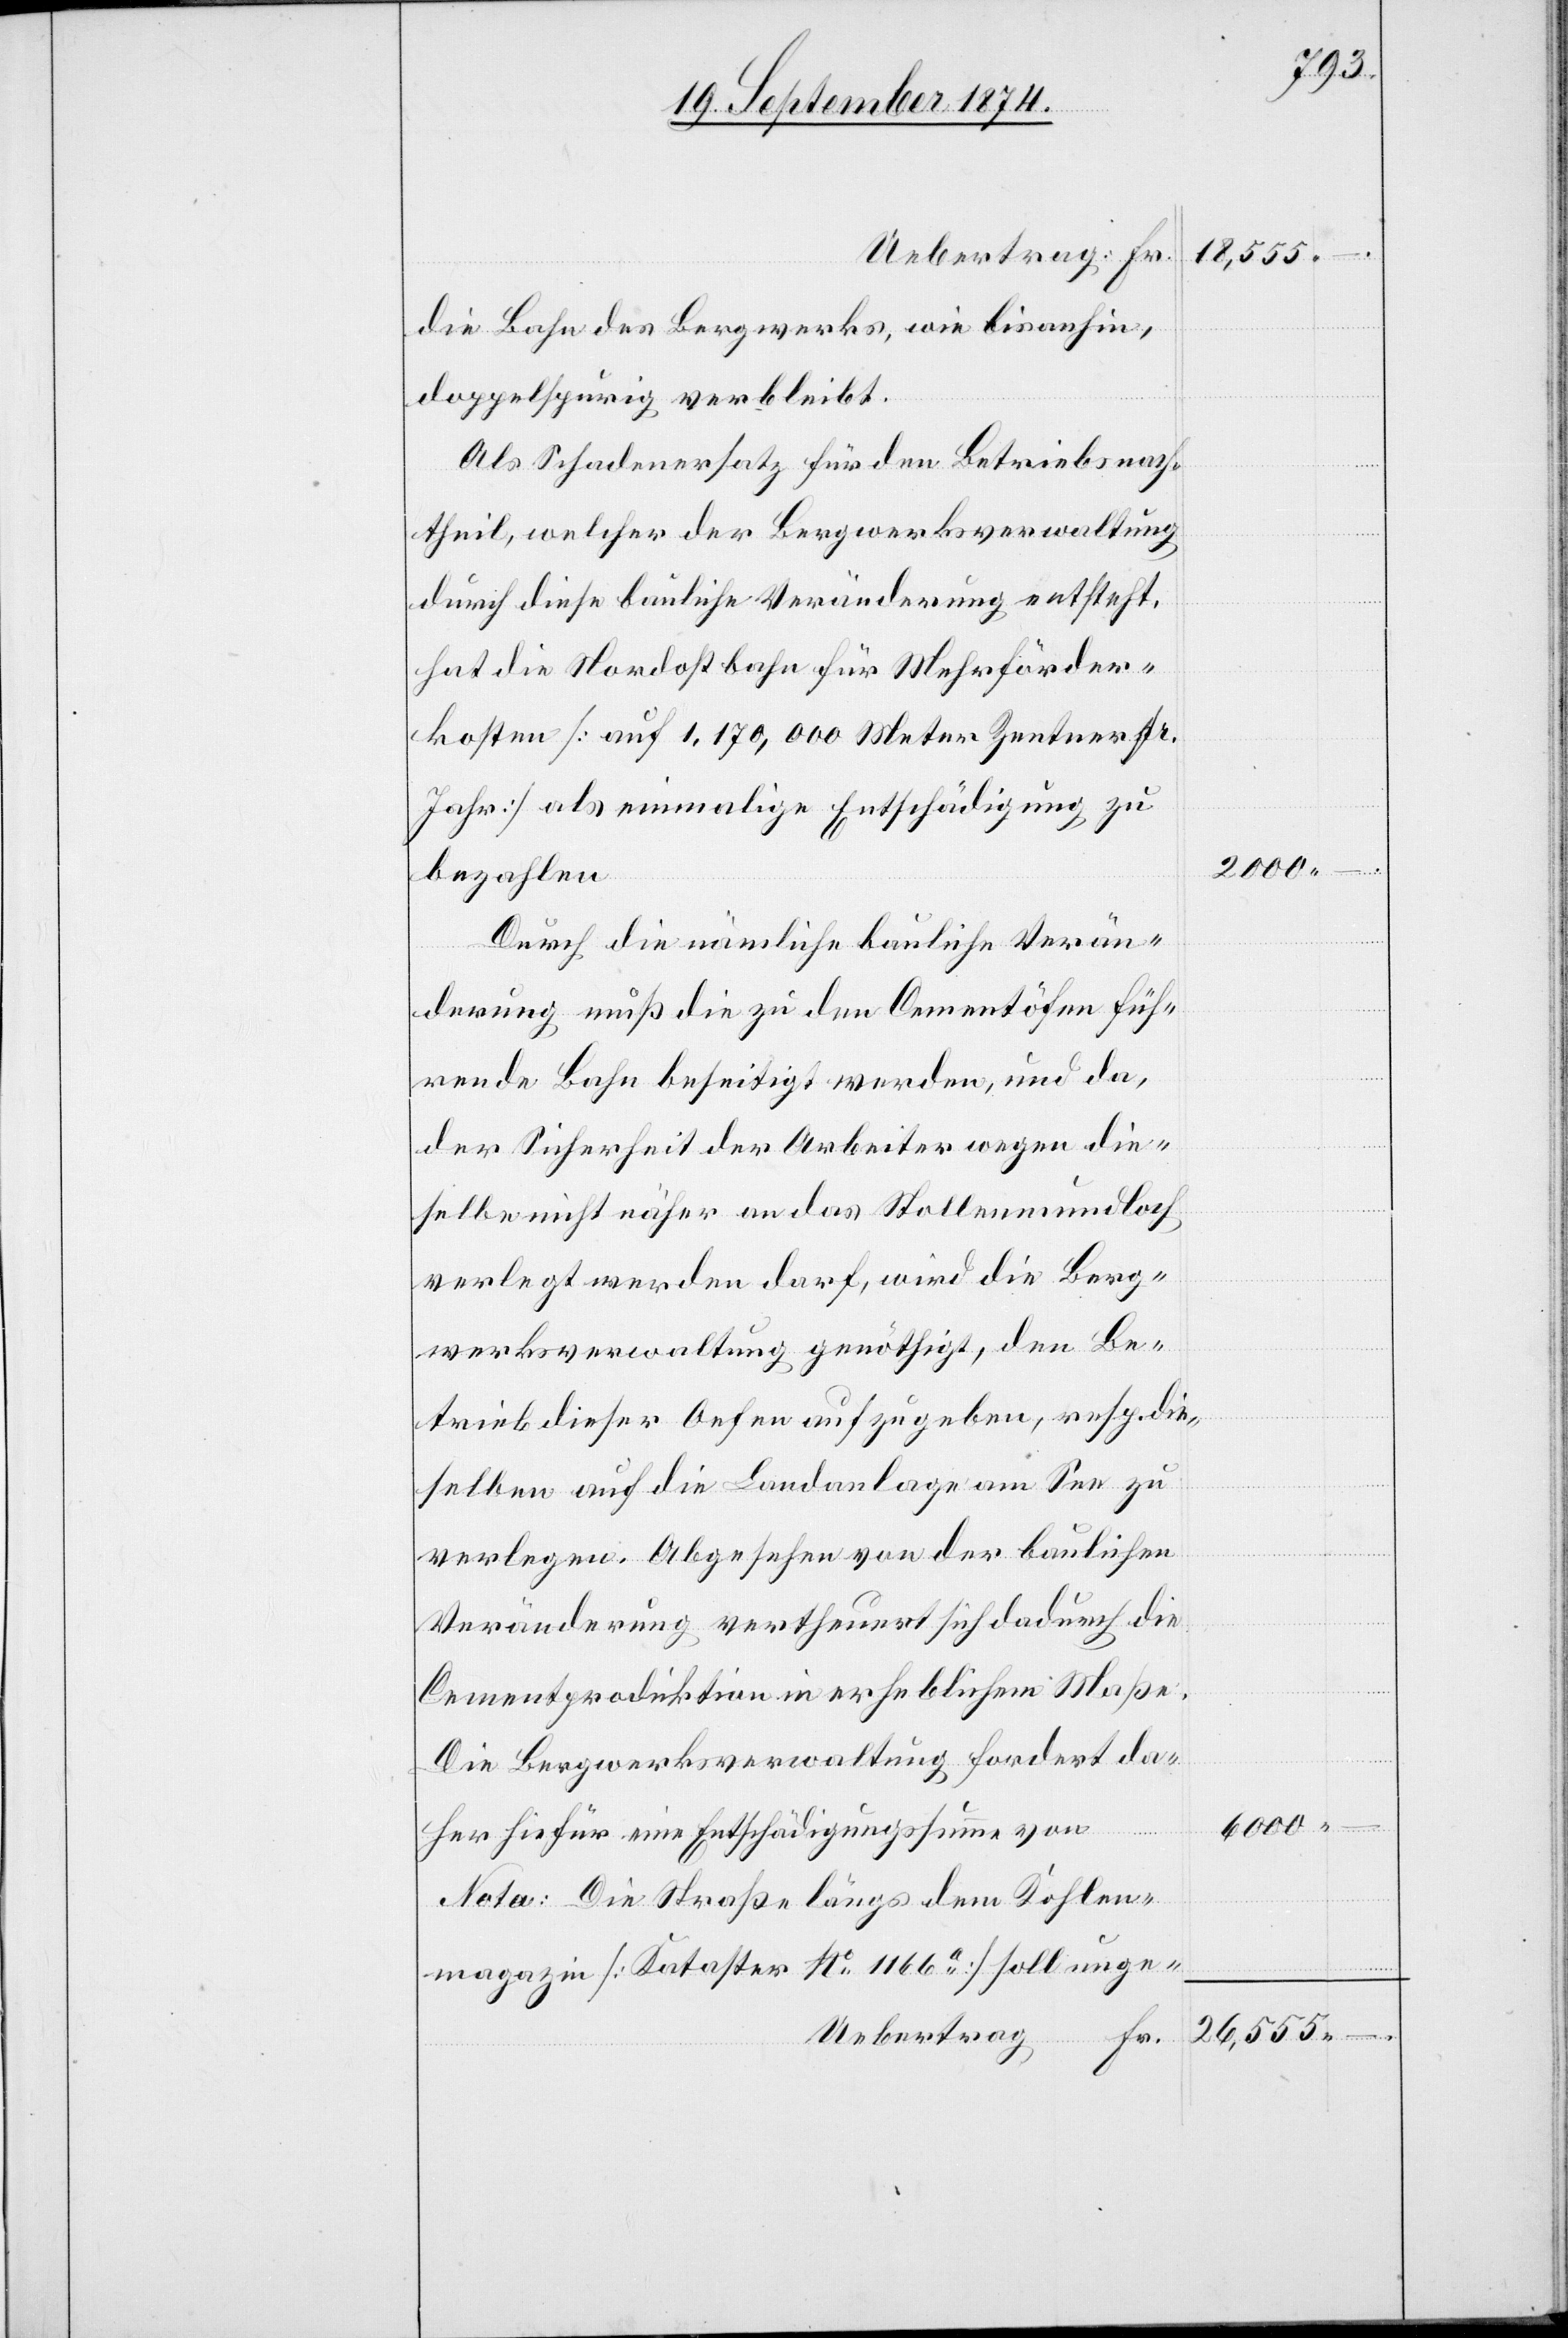
Uebertrag Fr.
26,555
die Bahn des Bergwerks, wie bisanhin,
doppelspurig verbleibt.
Als Schadenersatz für den Betriebsnach¬
theil, welcher der Bergwerksverwaltung
durch diese bauliche Veränderung entsteht,
hat die Nordostbahn für Mehrförder¬
kosten [auf 1,170,000 Meter Zentner pr.
2000
bezahlen
Durch die nämliche bauliche Verän¬
derung muß die zu den Cementöfen füh¬
rende Bahn beseitigt werden, und da,
der Sicherheit der Arbeiter wegen die¬
selbe nicht näher an das Stollenmundloch
verlegt werden darf, wird die Berg¬
werksverwaltung genöthigt, den Be¬
trieb dieser Oefen aufzugeben, resp. die¬
selben auf die Landanlage am See zu
verlegen. Abgesehen von der baulichen
Veränderung vertheuert sich dadurch die
Cementproduktion in erheblichem Maße.
Die Bergwerksverwaltung fordert da¬
.–
6000
Nota: Die Straße längs dem Kohlen¬
magazin [Kataster No 1166a] soll unge-